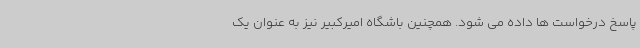
پاسخ درخواست ها داده می شود. همچنین باشگاه امیرکبیر نیز به عنوان یک